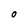
Character: O